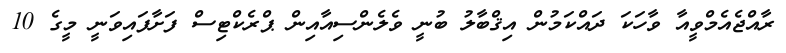
ރާއްޖެއެމްވީއާ ވާހަކަ ދައްކަމުން އިޤްބާލު ބުނީ ވެލެންސިއާއިން ޕްރެކްޓިސް ފަށާފައިވަނީ މީގެ 10